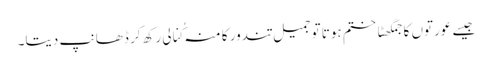
جیسے عورتوں کا جمگھٹاختم ہوتا توجمیل تندور کا منہ کُنالی رکھ کر ڈھانپ دیتا۔